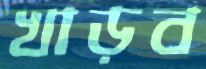
খাড়ব